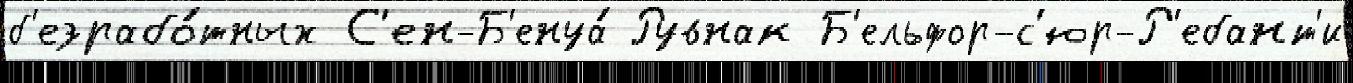
б'езрабо́тных С'ен-Б'енуа́ Рувнак Б'ельфор-с'юр-Р'ебант'и